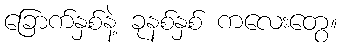
ခြောက်နှစ်နဲ့ ခုနစ်နှစ် ကလေးတွေ။